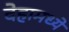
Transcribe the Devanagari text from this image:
देहामध्ये